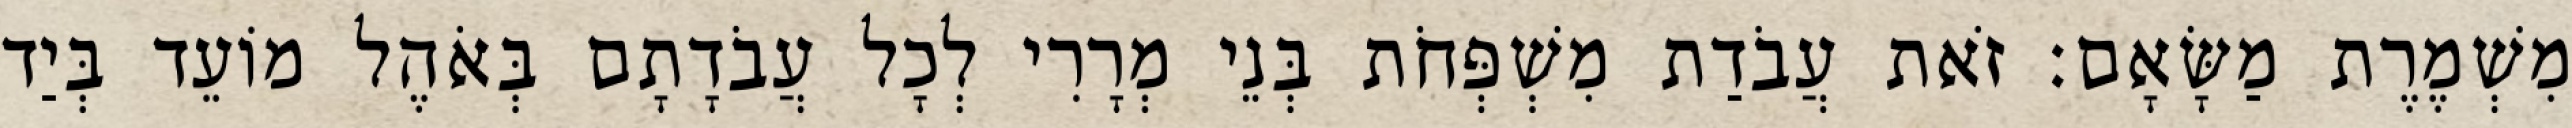
מִשְׁמֶרֶת מַשָּׂאָם׃ זֹאת עֲבֹדַת מִשְׁפְּחֹת בְּנֵי מְרָרִי לְכָל עֲבֹדָתָם בְּאֹהֶל מוֹעֵד בְּיַד